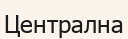
Централна